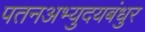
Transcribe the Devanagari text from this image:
पतनअभ्युदयबंधुर